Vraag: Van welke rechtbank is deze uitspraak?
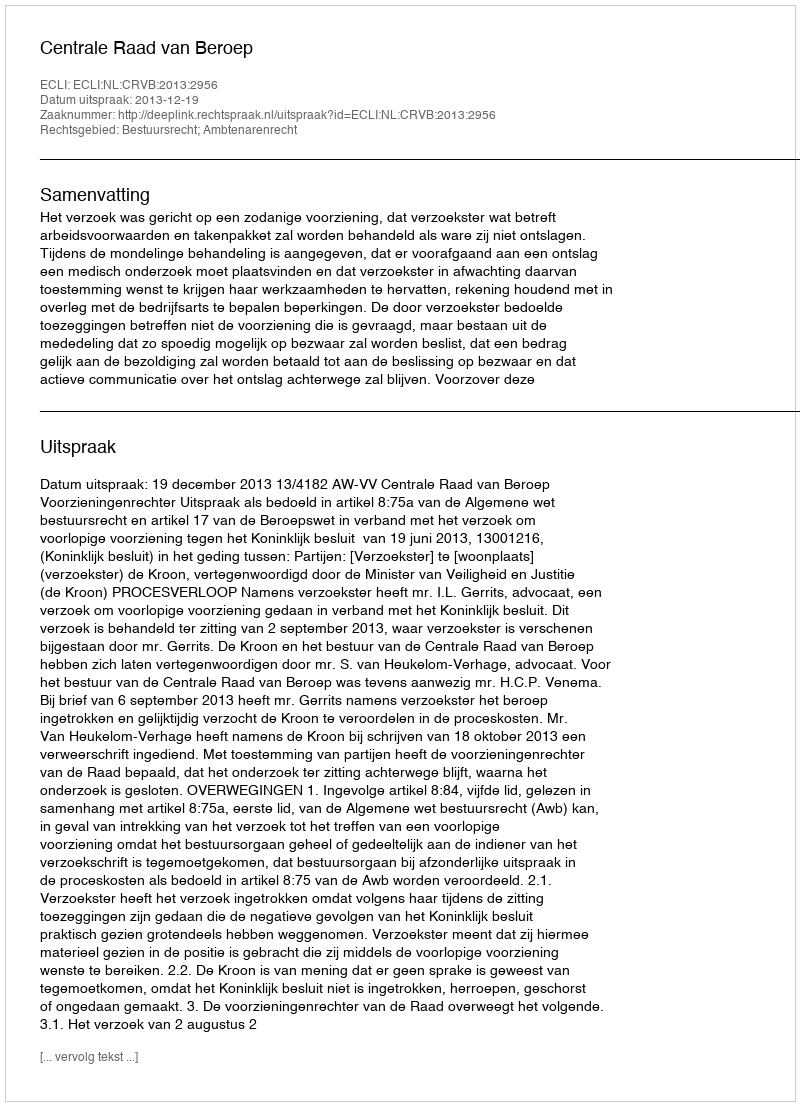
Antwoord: Centrale Raad van Beroep